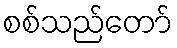
စစ်သည်တော်